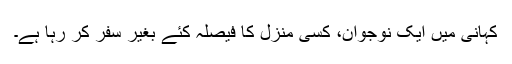
کہانی میں ایک نوجوان، کسی منزل کا فیصلہ کئے بغیر سفر کر رہا ہے۔